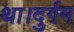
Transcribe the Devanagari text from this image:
था।दुर्गम